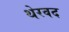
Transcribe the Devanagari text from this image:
थेरवद